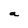
Character: a